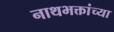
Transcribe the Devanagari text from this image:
नाथभक्तांच्या